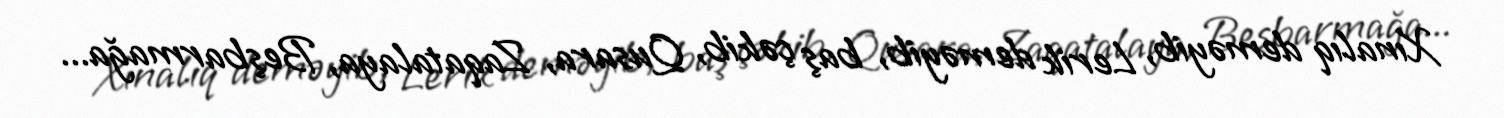
Xınalıq deməyib, Lerik deməyib, baş çəkib, Qusara, Zaqatalaya, Beşbarmağa...